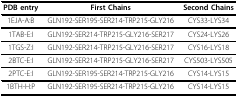
| PDB entry | First Chains | Second Chains |
 | --- | --- | --- |
 | 1EJA-A:B | GLN192-SER195-SER214-TRP215-GLY216 | CYS33-LYS34 |
 | 1TAB-E:I | GLN192-SER214-TRP215-GLY216-SER217 | CYS24-LYS26 |
 | 1TGS-Z:I | GLN192-SER214-TRP215-GLY216-SER217 | CYS16-LYS18 |
 | 2BTC-E:I | GLN192-SER214-TRP215-GLY216-SER217 | CYS503-LYS505 |
 | 2PTC-E:I | GLN192-SER195-SER214-TRP215-GLY216 | CYS14-LYS15 |
 | 1BTH-H:P | GLN192-SER195-SER214-TRP215-GLY216 | CYS14-LYS15 |